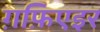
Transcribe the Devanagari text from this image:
ग़फ़िएइर